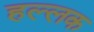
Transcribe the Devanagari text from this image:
हल्लक